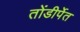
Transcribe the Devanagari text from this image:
तोंडीर्पेत